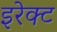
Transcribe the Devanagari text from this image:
इरेक्ट